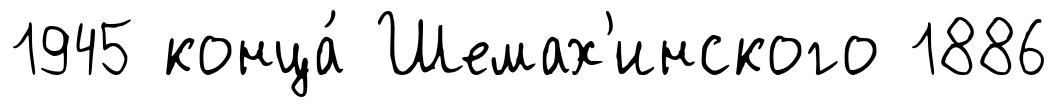
1945 конца́ Шемах'инского 1886